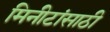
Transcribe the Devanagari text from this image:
मिनीटांसाठी